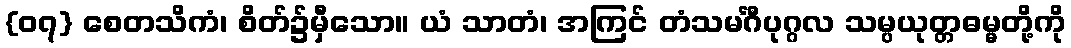
{၀၇} စေတသိကံ၊ စိတ်၌မှီသော။ ယံ သာတံ၊ အကြင် တံသမင်္ဂီပုဂ္ဂလ သမ္ပယုတ္တဓမ္မတို့ကို